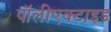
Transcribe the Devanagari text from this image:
पॉलीएक्टाइड